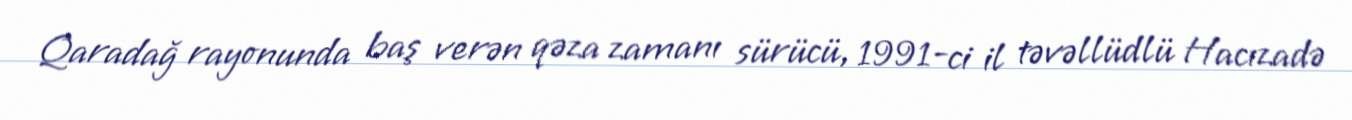
Qaradağ rayonunda baş verən qəza zamanı sürücü, 1991-ci il təvəllüdlü Hacızadə